Preparation of a safe and efficient antirabic vaccine - Number 44
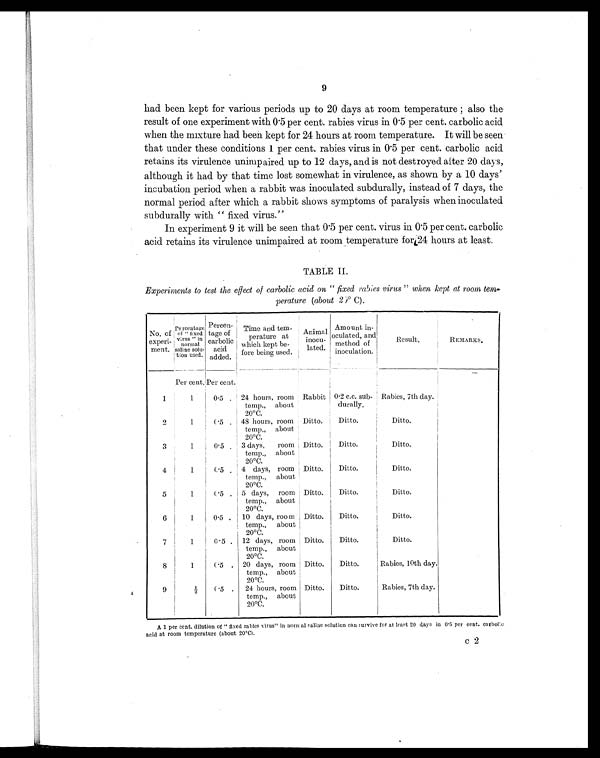
9
had been kept for various periods up to 20 days at room temperature; also the
result of one experiment with 0.5 per cent. rabies virus in 0.5 per cent. carbolic acid
when the mixture had been kept for 24 hours at room temperature. It will be seen
that under these conditions 1 per cent. rabies virus in 0.5 per cent. carbolic acid
retains its virulence unimpaired up to 12 days, and is not destroyed after 20 days,
although it had by that time lost somewhat in virulence, as shown by a 10 days'
incubation period when a rabbit was inoculated subdurally, instead of 7 days, the
normal period after which a rabbit shows symptoms of paralysis when inoculated
subdurally with "fixed virus."
In experiment 9 it will be seen that 0.5 per cent. virus in 0.5 per cent. carbolic
acid retains its virulence unimpaired at room temperature for 24 hours at least.
TABLE II.
Experiments to test the effect of carbolic acid on "fixed rabies virus" when kept at room, tem-
perature (about 20º C).
No. of
experi-
ment.
Percentage of "fixed
virus" in
normal
saline solu-
tion used.
Percen-
tage of
carbolic
acid
added.
Time and tem-
perature at
which kept be-
fore being used.
Animal
inocu-
lated.
Amount in-
oculated, and
method of
inoculation.
Result.
REMARKS.
Per cent. Per cent.
1
1
0.5 . 24 hours, room
temp., about
20ºC.
Rabbit 0.2 c.c. sub-
durally.
Rabies, 7th day.
2
1
0.5 . 48 hours, room
temp., about
20ºC.
Ditto.
Ditto.
Ditto.
3
1
0.5 . 3 days, room
temp., about
20ºC.
Ditto.
Ditto.
Ditto.
4
1
0.5 . 4 days, room
temp., about
20ºC.
Ditto.
Ditto.
Ditto.
5
1
0.5 . 5 days, room
temp., about
20ºC.
Ditto.
Ditto.
Ditto.
6
1
0.5 . 10 days, room
temp., about
20ºC.
Ditto.
Ditto.
Ditto.
7
1
0.5 . 12 days, room
temp., about
20ºC.
Ditto.
Ditto.
Ditto.
8
1
0.5 . 20 days, room
temp., about
20ºC.
Ditto.
Ditto.
Rabies, 10th day.
9
½
0.5 . 24 hours, room
temp., about
20ºC.
Ditto.
Ditto.
Rabies, 7th day.
A 1 per cent. dilution of "fixed rabies virus" in normal saline solution can survive for at least 20 days in 0.5 per cent. carbolic
acid at room temperature (about 20ºC).